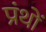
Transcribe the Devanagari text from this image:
प्रंथों